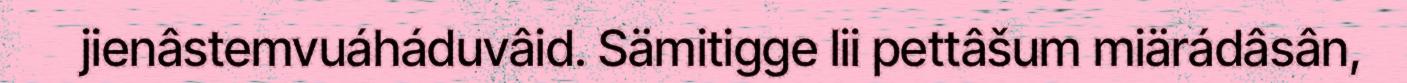
jienâstemvuáháduvâid. Sämitigge lii pettâšum miärádâsân,